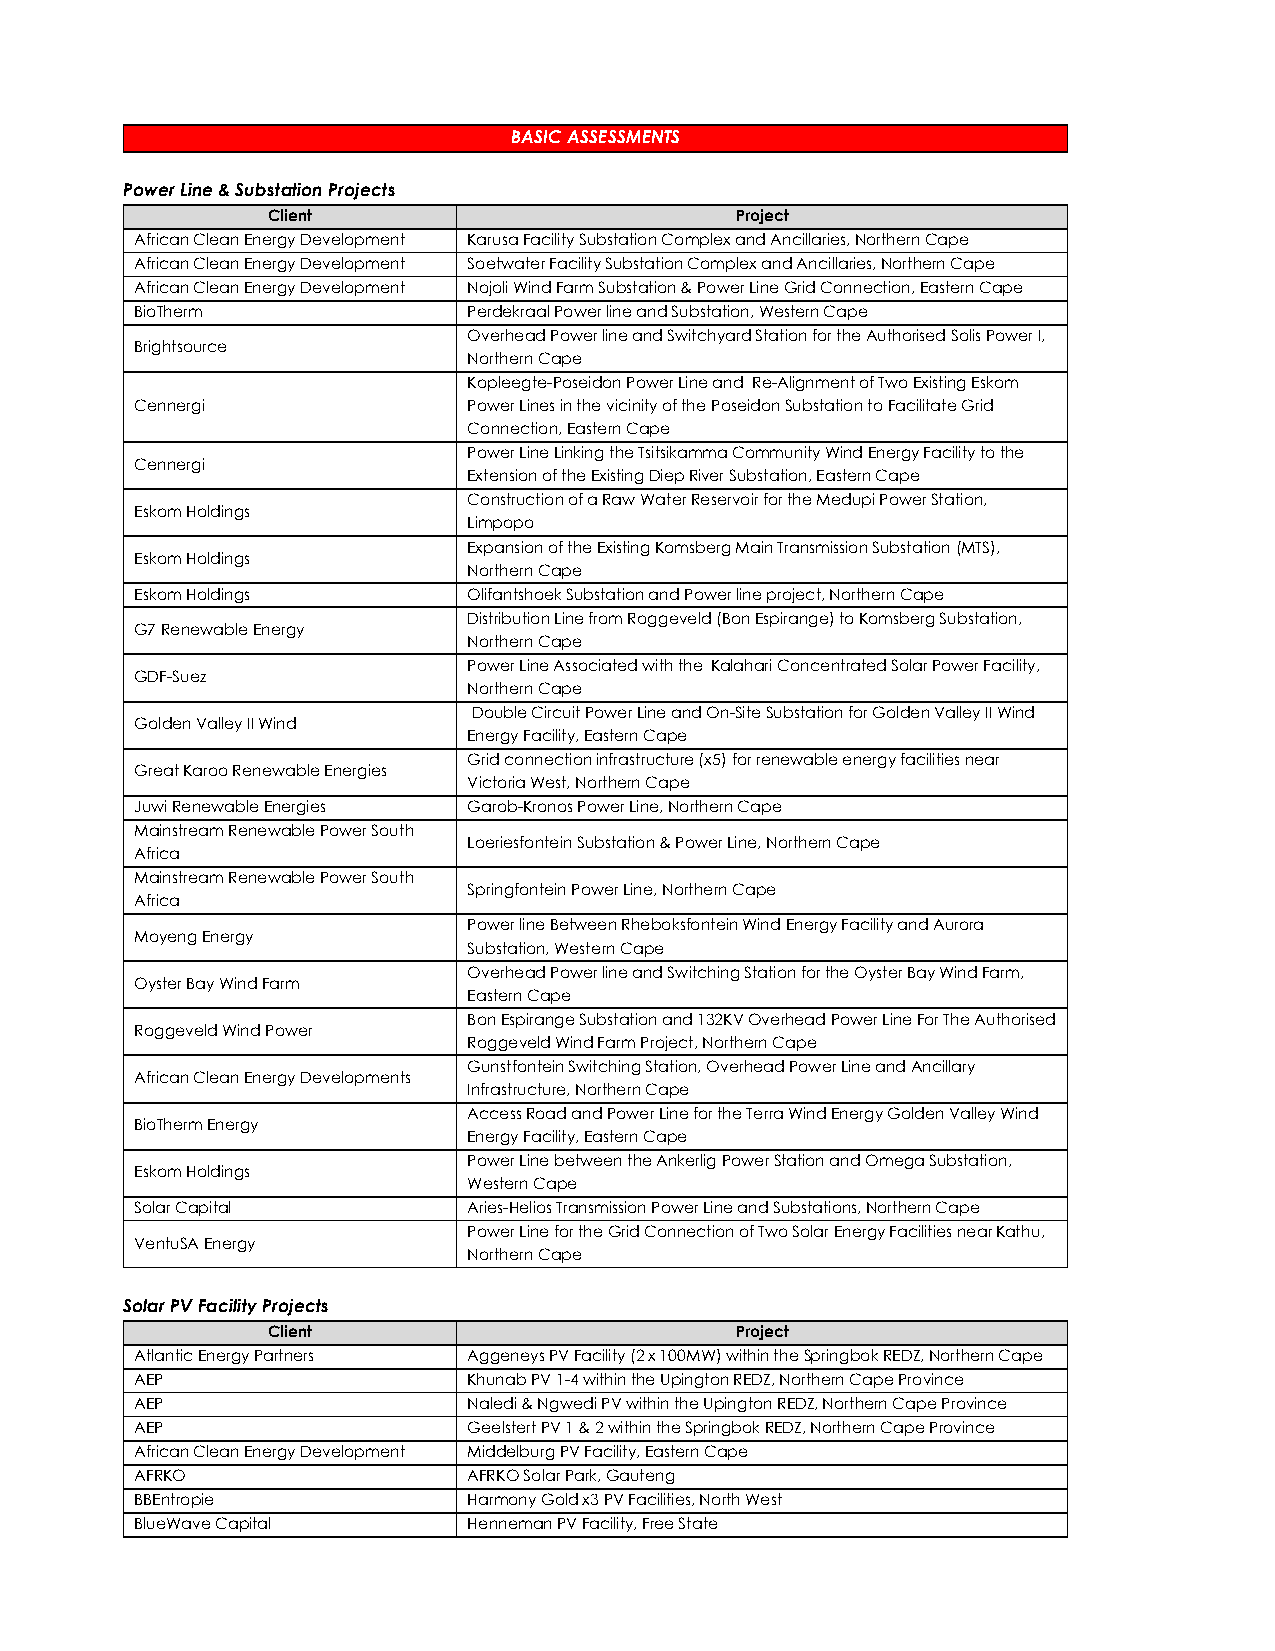
BASIC ASSESSMENTS
 Power Line & Substation Projects
 Client                         Project
 African Clean Energy Development Karusa Facility Substation Complex and Ancillaries, Northern Cape
 African Clean Energy Development Soetwater Facility Substation Complex and Ancillaries, Northern Cape
 African Clean Energy Development Nojoli Wind Farm Substation & Power Line Grid Connection, Eastern Cape
 BioTherm              Perdekraal Power line and Substation, Western Cape
 Overhead Power line and Switchyard Station for the Authorised Solis Power I,
 Brightsource
 Northern Cape
 Kopleegte-Poseidon Power Line and Re-Alignment of Two Existing Eskom
 Cennergi              Power Lines in the vicinity of the Poseidon Substation to Facilitate Grid
 Connection, Eastern Cape
 Power Line Linking the Tsitsikamma Community Wind Energy Facility to the
 Cennergi
 Extension of the Existing Diep River Substation, Eastern Cape
 Construction of a Raw Water Reservoir for the Medupi Power Station,
 Eskom Holdings
 Limpopo
 Expansion of the Existing Komsberg Main Transmission Substation (MTS),
 Eskom Holdings
 Northern Cape
 Eskom Holdings        Olifantshoek Substation and Power line project, Northern Cape
 Distribution Line from Roggeveld (Bon Espirange) to Komsberg Substation,
 G7 Renewable Energy
 Northern Cape
 Power Line Associated with the Kalahari Concentrated Solar Power Facility,
 GDF-Suez
 Northern Cape
 Double Circuit Power Line and On-Site Substation for Golden Valley II Wind
 Golden Valley II Wind
 Energy Facility, Eastern Cape
 Grid connection infrastructure (x5) for renewable energy facilities near
 Great Karoo Renewable Energies
 Victoria West, Northern Cape
 Juwi Renewable Energies Garob-Kronos Power Line, Northern Cape
 Mainstream Renewable Power South
 Loeriesfontein Substation & Power Line, Northern Cape
 Africa
 Mainstream Renewable Power South
 Springfontein Power Line, Northern Cape
 Africa
 Power line Between Rheboksfontein Wind Energy Facility and Aurora
 Moyeng Energy
 Substation, Western Cape
 Overhead Power line and Switching Station for the Oyster Bay Wind Farm,
 Oyster Bay Wind Farm
 Eastern Cape
 Bon Espirange Substation and 132KV Overhead Power Line For The Authorised
 Roggeveld Wind Power
 Roggeveld Wind Farm Project, Northern Cape
 Gunstfontein Switching Station, Overhead Power Line and Ancillary
 African Clean Energy Developments
 Infrastructure, Northern Cape
 Access Road and Power Line for the Terra Wind Energy Golden Valley Wind
 BioTherm Energy
 Energy Facility, Eastern Cape
 Power Line between the Ankerlig Power Station and Omega Substation,
 Eskom Holdings
 Western Cape
 Solar Capital         Aries-Helios Transmission Power Line and Substations, Northern Cape
 Power Line for the Grid Connection of Two Solar Energy Facilities near Kathu,
 VentuSA Energy
 Northern Cape
 Solar PV Facility Projects
 Client                         Project
 Atlantic Energy Partners Aggeneys PV Facility (2 x 100MW) within the Springbok REDZ, Northern Cape
 AEP                   Khunab PV 1-4 within the Upington REDZ, Northern Cape Province
 AEP                   Naledi & Ngwedi PV within the Upington REDZ, Northern Cape Province
 AEP                   Geelstert PV 1 & 2 within the Springbok REDZ, Northern Cape Province
 African Clean Energy Development Middelburg PV Facility, Eastern Cape
 AFRKO                 AFRKO Solar Park, Gauteng
 BBEntropie            Harmony Gold x3 PV Facilities, North West
 BlueWave Capital      Henneman PV Facility, Free State